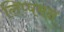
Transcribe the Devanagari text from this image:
लिप्पमन